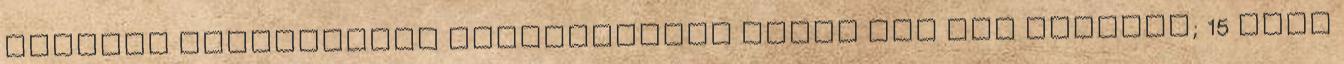
szlovák középpályás Dzsudzsákkal ilyen még nem történt; 15 éves